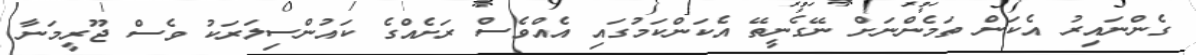
ގެންނައިރު އެކަން ތަމެންނަށް ނޭގެނީތޭ އެކަންކަމުގައި އެއްވެސް ރަށެއްގެ ކައުންސިލަރަކު ވެސް ޖޫރީމަނާ